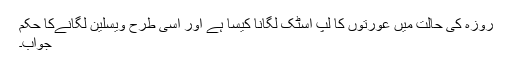
روزہ کی حالت میں عورتوں کا لپ اسٹک لگانا کیسا ہے اور اسی طرح ویسلین لگانےکا حکم
جواب۔